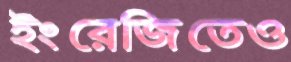
ইংরেজিতেও